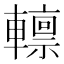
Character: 𨎺